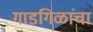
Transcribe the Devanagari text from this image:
गाडगिळांचा